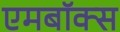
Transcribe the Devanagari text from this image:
एमबॉक्स